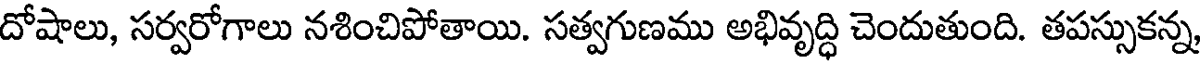
దోషాలు, సర్వరోగాలు నశించిపోతాయి. సత్వగుణము అభివృద్ధి చెందుతుంది. తపస్సుకన్న